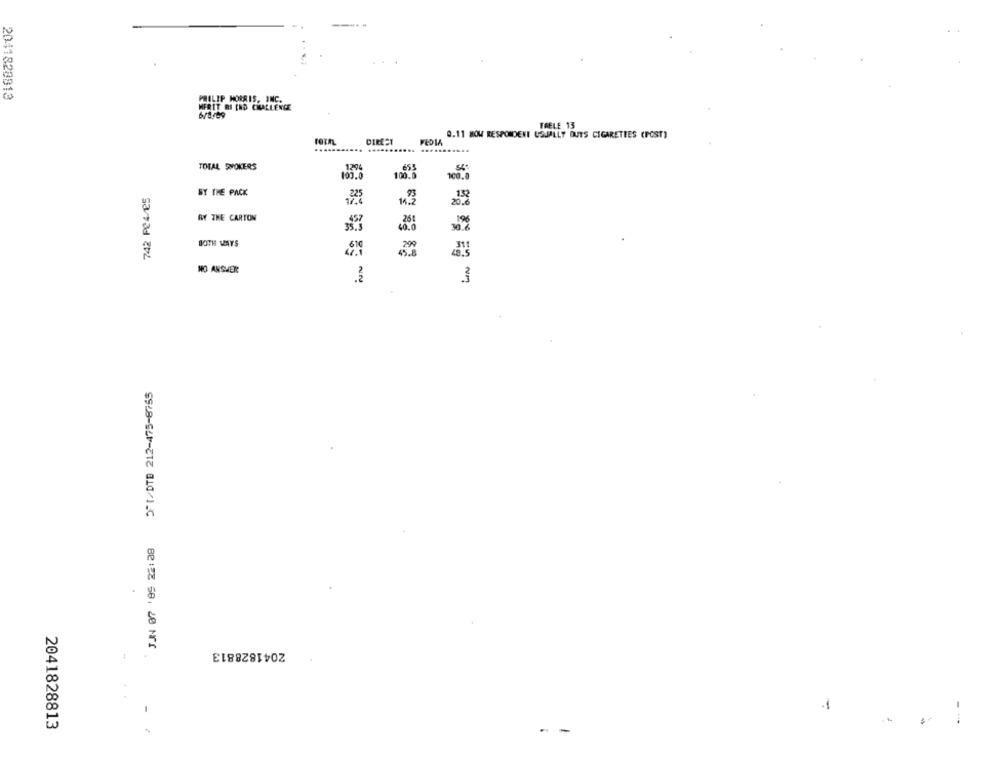
2041820813
PHILIP MORRIS, INC.
MERIT RI IND CHALLENGE
TRELE 13
0.11 HOW RESPONDENT USUALLY OUTS CIGARETTES (POST)
roth
.....
.....
TOTAL SMOKERS
.655
100.5
199.0
742 PC4/25
BY THE PACK
13
20.0
BY THE CARTON
30.0
BOTH WAYS
NO ANSWER
3
21/DTB 212-475-8755
8818 58,20 11
2041828813
-
2041828813
- -